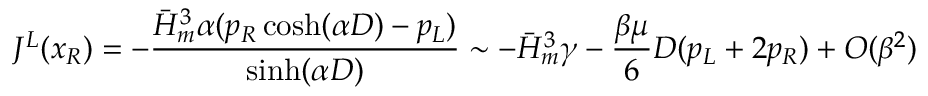
J ^ { L } ( x _ { R } ) = - { \frac { \bar { H } _ { m } ^ { 3 } \alpha ( p _ { R } \cosh ( \alpha D ) - p _ { L } ) } { \sinh ( \alpha D ) } } \sim - \bar { H } _ { m } ^ { 3 } \gamma - { \frac { \beta \mu } { 6 } } D ( p _ { L } + 2 p _ { R } ) + O ( \beta ^ { 2 } )